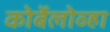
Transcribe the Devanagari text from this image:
कोर्बेलोव्हा